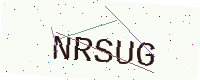
Text: NRSUG